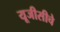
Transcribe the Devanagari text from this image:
यूजीसीचे